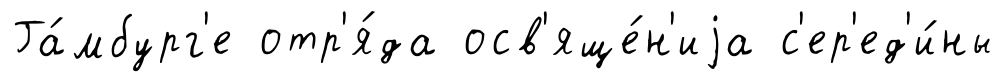
Га́мбург'е отр'я́да осв'яще́н'иjа с'ер'ед'и́ны